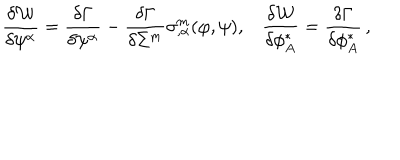
\frac { \delta { \cal W } } { \delta \psi ^ { \alpha } } = \frac { \delta \Gamma } { \delta \psi ^ { \alpha } } - \frac { \delta \Gamma } { \delta \Sigma ^ { m } } \sigma _ { , \alpha } ^ { m } ( \varphi , \psi ) , \frac { \delta { \cal W } } { \delta \phi _ { A } ^ { * } } = \frac { \delta \Gamma } { \delta \phi _ { A } ^ { * } } \, ,